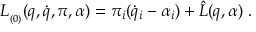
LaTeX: L _ { _ { ( 0 ) } } ( q , \dot { q } , \pi , \alpha ) = \pi _ { i } ( \dot { q } _ { i } - \alpha _ { i } ) + \hat { L } ( q , \alpha ) \; .